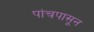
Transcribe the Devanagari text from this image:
पांचपासून